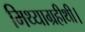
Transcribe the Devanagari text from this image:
मिथ्याग्रहीथी।